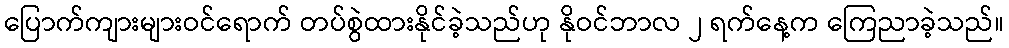
ပြောက်ကျားများဝင်ရောက် တပ်စွဲထားနိုင်ခဲ့သည်ဟု နိုဝင်ဘာလ ၂ ရက်နေ့က ကြေညာခဲ့သည်။